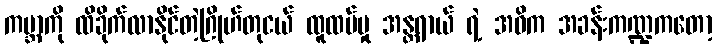
ကမ္ဘာကို ထိခိုက်လာနိုင်တဲ့ဂြိုဟ်တုငယ် ထူထပ်မှု အန္တရာယ် ရဲ့ အဓိက အခန်းကဏ္ဍကတော့